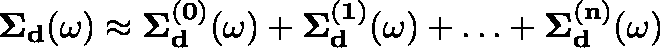
\begin{array} { r } { \mathbf { \Sigma _ { d } } ( \omega ) \approx \mathbf { \Sigma _ { d } ^ { ( 0 ) } } ( \omega ) + \mathbf { \Sigma _ { d } ^ { ( 1 ) } } ( \omega ) + \ldots + \mathbf { \Sigma _ { d } ^ { ( n ) } } ( \omega ) } \end{array}